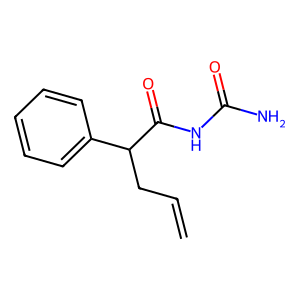
SMILES: C=CCC(C(=O)NC(N)=O)c1ccccc1
Inhibits HIV replication: No